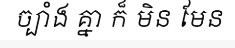
ច្បាំង គ្នា ក៏ មិន មែន